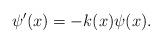
LaTeX: \begin{align*} \psi'(x) = -k(x) \psi(x) .\end{align*}